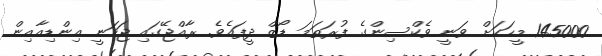
145000 މީހަކަށް ވަނީ ވެކްސިންގެ ފުރަތަމަ ޑޯޒް ދީފައެވެ. ރާއްޖޭގައި ޖަހަނީ އިންޑިއާއިން